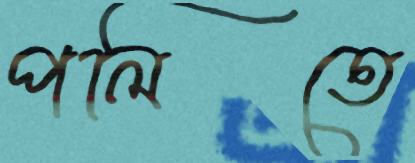
পলিতে